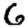
Digit: 6